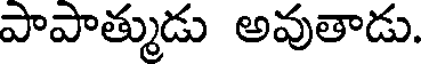
పాపాత్ముడు అవుతాడు.